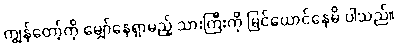
ကျွန်တော့်ကို မျှော်နေရှာမည့် သားကြီးကို မြင်ယောင်နေမိ ပါသည်။